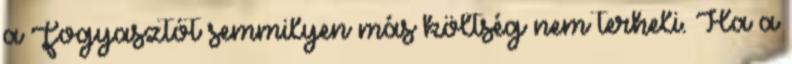
a Fogyasztót semmilyen más költség nem terheli. Ha a